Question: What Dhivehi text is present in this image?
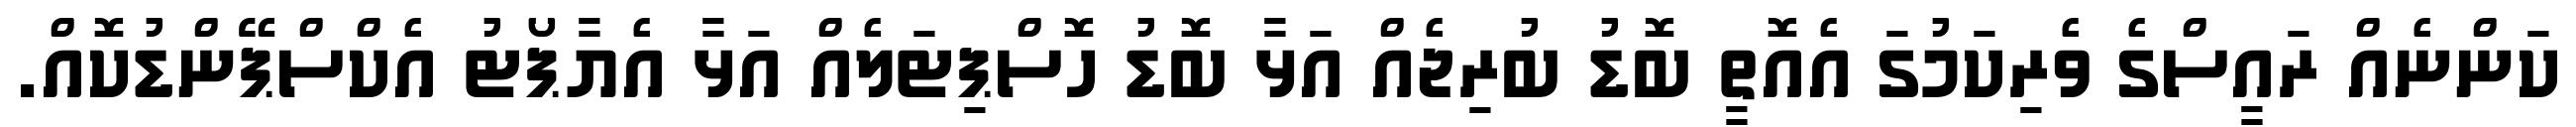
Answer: ކަންނެއް ރައީސްގެ ވެރިކަމުގަ އެއޮތީ ބޮޑު ބުރިޖެއް އަޅާ ބޮޑު ހޮސްޕިޓަލެއް އަޅާ އެޔާޕޯޓު އެކްސްޕޭންޑުކޮއް.